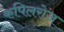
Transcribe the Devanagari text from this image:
कपिलरोज़